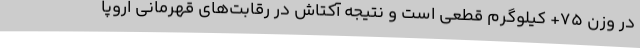
در وزن ۷۵+ کیلوگرم قطعی است و نتیجه آکتاش در رقابت‌های قهرمانی اروپا